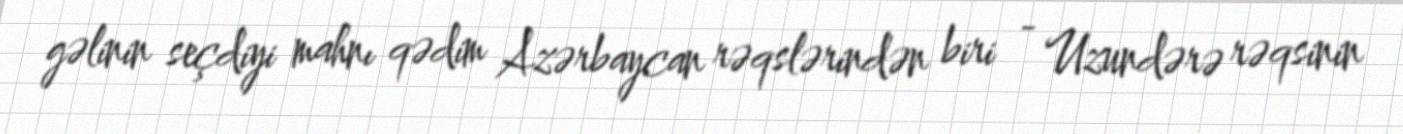
gəlinin seçdiyi mahnı qədim Azərbaycan rəqslərindən biri - Uzundərə rəqsinin